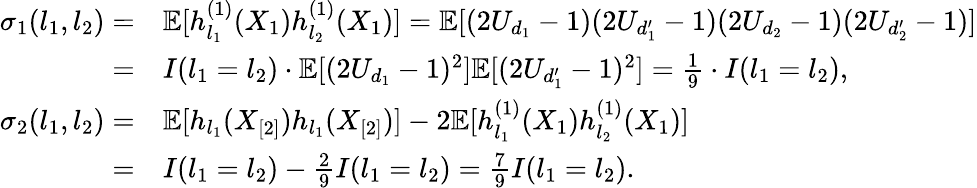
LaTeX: \begin{array}{rl}{\sigma_{1}(l_{1},l_{2})=}&{\mathbb{E}[h_{l_{1}}^{(1)}(X_{1})h_{l_{2}}^{(1)}(X_{1})]=\mathbb{E}[(2U_{d_{1}}-1)(2U_{d_{1}^{\prime}}-1)(2U_{d_{2}}-1)(2U_{d_{2}^{\prime}}-1)]}\\ {=}&{I(l_{1}=l_{2})\cdot\mathbb{E}[(2U_{d_{1}}-1)^{2}]\mathbb{E}[(2U_{d_{1}^{\prime}}-1)^{2}]=\frac{1}{9}\cdot I(l_{1}=l_{2}),}\\ {\sigma_{2}(l_{1},l_{2})=}&{\mathbb{E}[h_{l_{1}}(X_{[2]})h_{l_{1}}(X_{[2]})]-2\mathbb{E}[h_{l_{1}}^{(1)}(X_{1})h_{l_{2}}^{(1)}(X_{1})]}\\ {=}&{I(l_{1}=l_{2})-\frac{2}{9}I(l_{1}=l_{2})=\frac{7}{9}I(l_{1}=l_{2}).}\end{array}